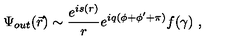
\Psi _ { o u t } ( \vec { r } ) \sim \frac { e ^ { i s ( r ) } } r e ^ { i q ( \phi + \phi ^ { \prime } + \pi ) } f ( \gamma ) \ ,